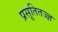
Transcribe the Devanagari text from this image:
प्रसूतितज्ज्ञ